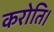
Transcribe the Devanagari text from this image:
करोति।